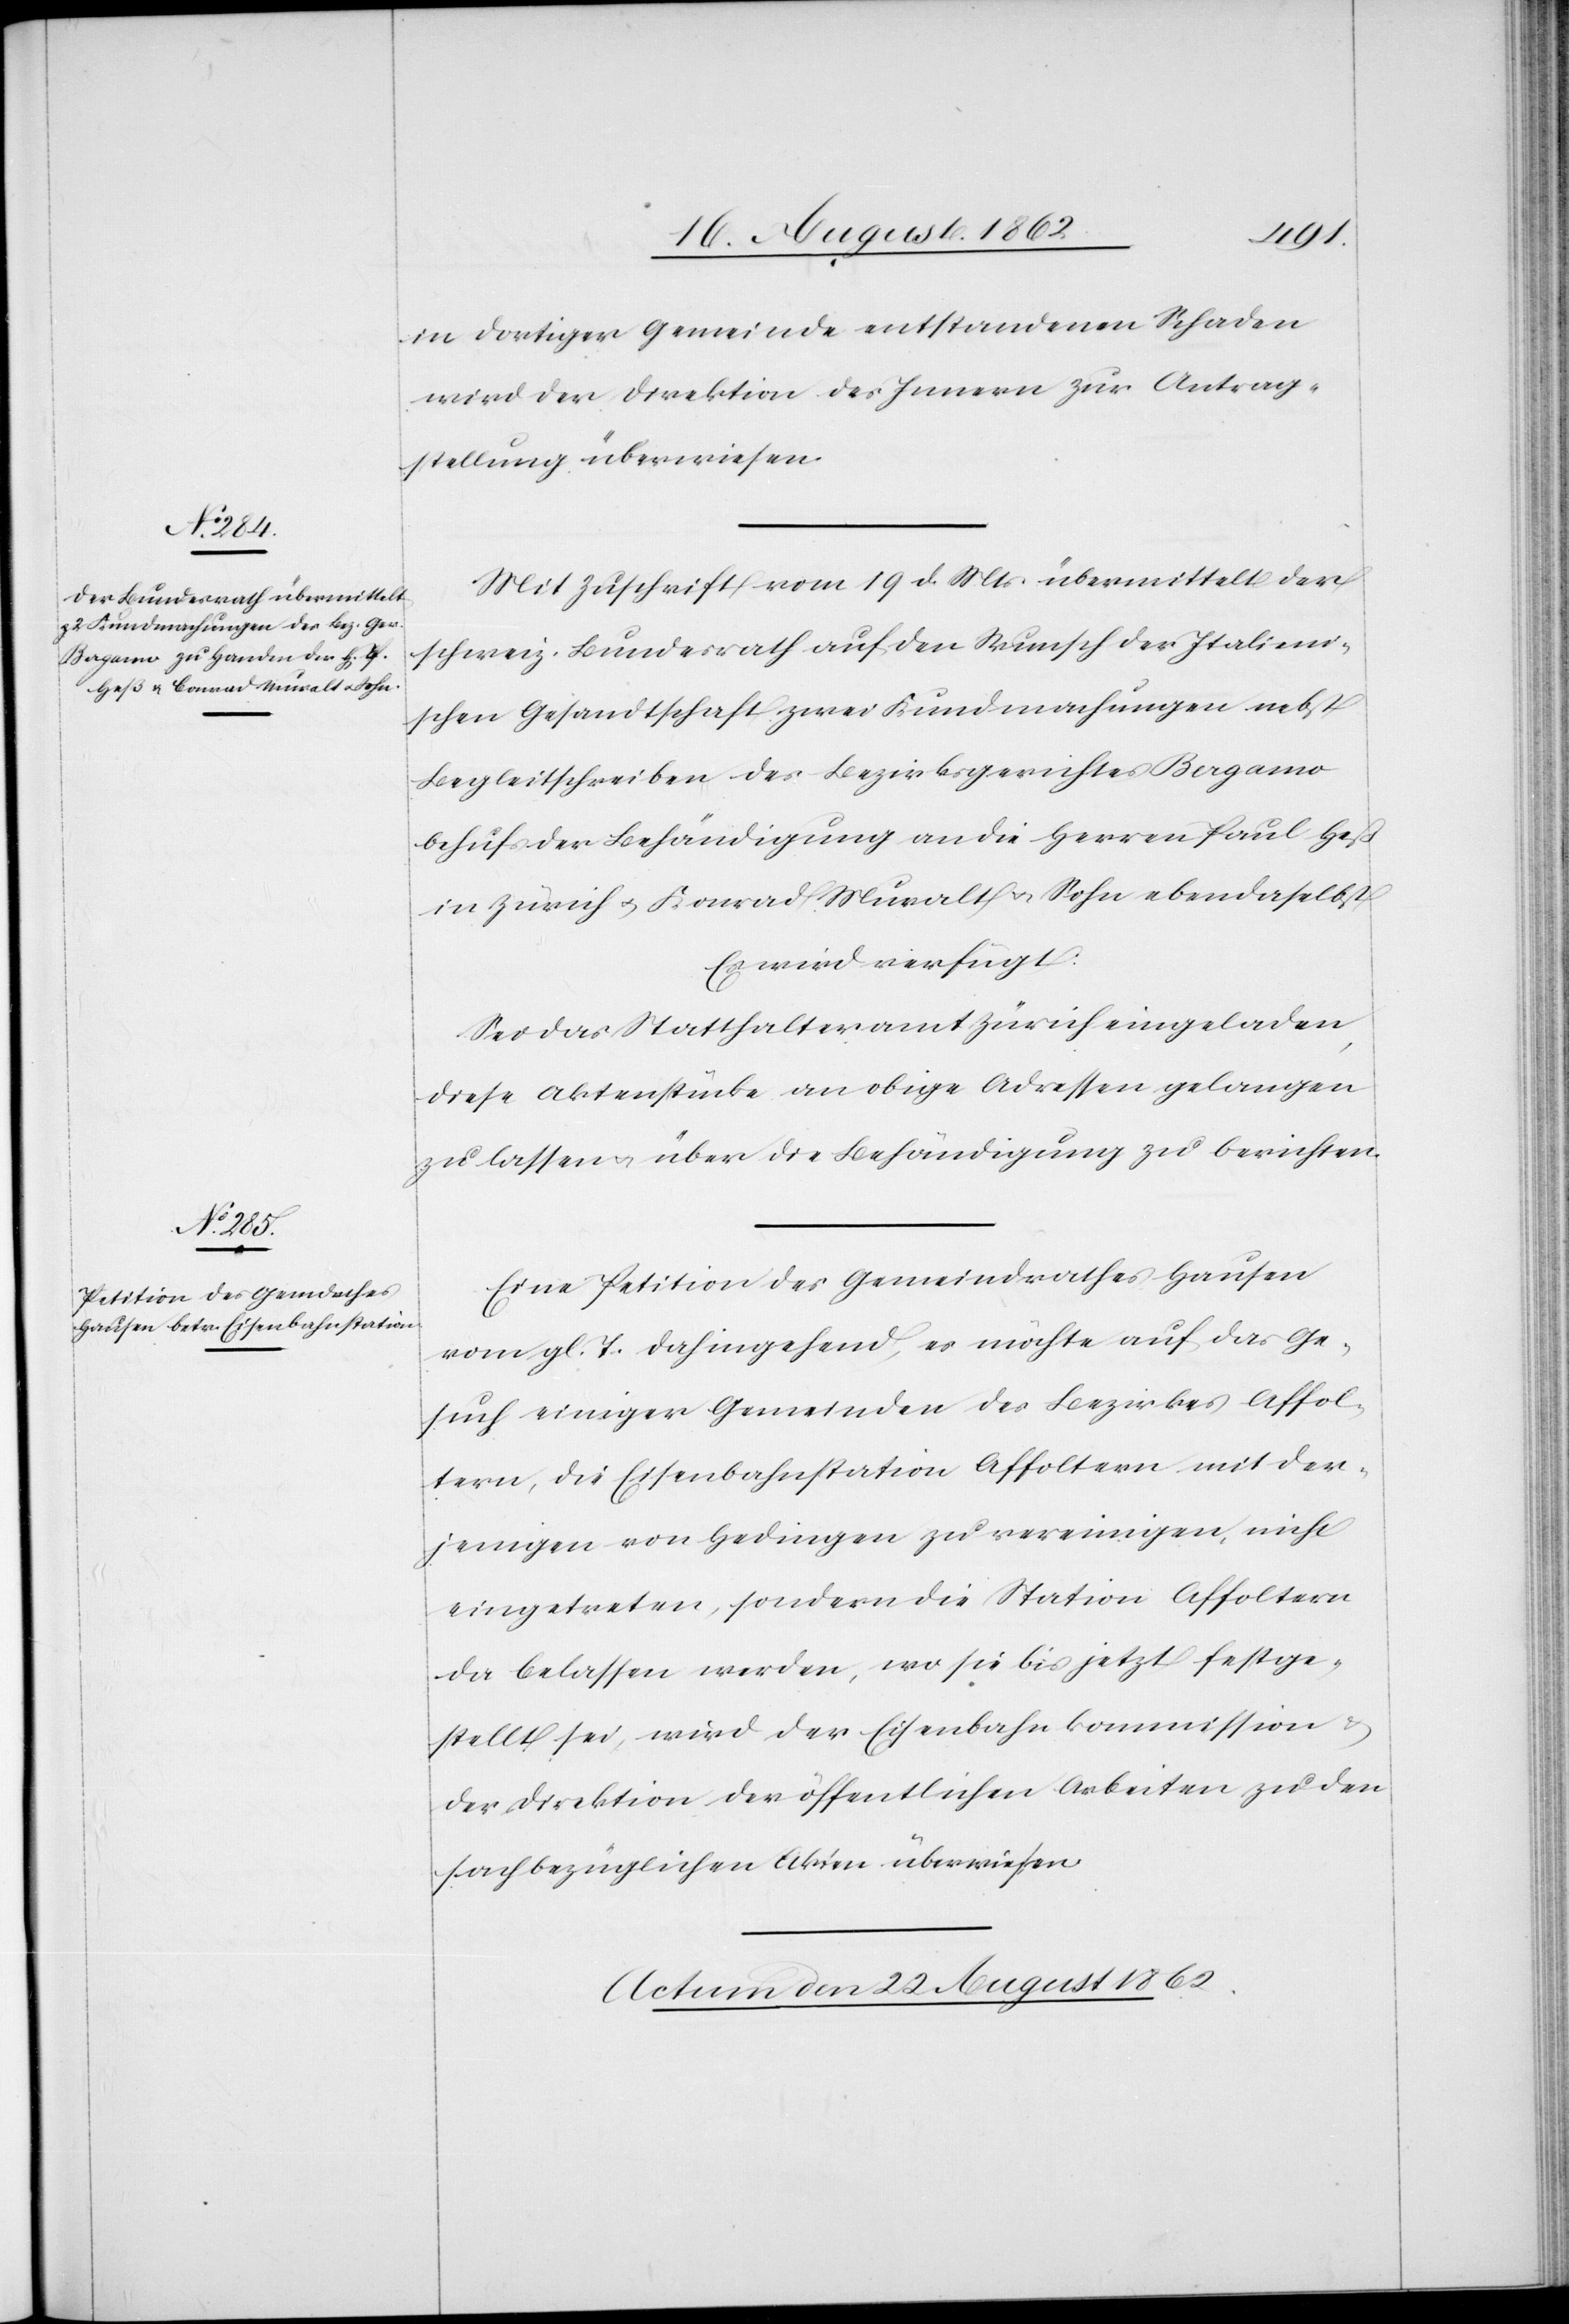
in dortiger Gemeinde entstandenen Schaden
wird der Direktion des Innern zur Antrag¬
stellung überwiesen.
Mit Zuschrift vom 19. d. Mts. übermittelt der
schweiz. Bundesrath auf den Wunsch der Italieni¬
schen Gesandtschaft zwei Kundmachungen nebst
Begleitschreiben des Bezirksgerichtes Bergamo
behufs der Behändigung an die Herren Paul Heß
in Zürich u. Konrad Muralt u. Sohn ebendaselbst.
Es wird verfügt:
Sei das Statthalteramt Zürich eingeladen,
diese Aktenstücke an obige Adressen gelangen
zu lassen u. über die Behändigung zu berichten.
Eine Petition des Gemeindrathes Hausen
vom gl. T. dahingehend, es möchte auf das Ge¬
such einiger Gemeinden des Bezirkes Affol¬
tern, die Eisenbahnstation Affoltern mit der¬
jenigen von Hedingen zu vereinigen, nicht
eingetreten, sondern die Station Affoltern
da belassen werden, wo sie bis jetzt festge¬
stellt sei, wird der Eisenbahnkommission u.
der Direktion der öffentlichen Arbeiten zu den
sachbezüglichen Akten überwiesen.
Actum den 22. August 1862.